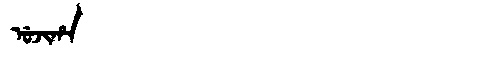
Manchu: ᡠᠵᡳᡥᠠ
Romanization: UJIHA